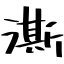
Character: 澌